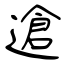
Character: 䢢